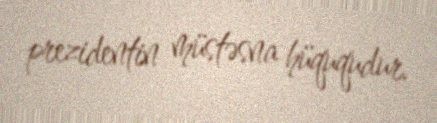
prezidentin müstəsna hüququdur.